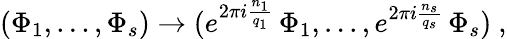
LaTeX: (\Phi_{1},...,\Phi_{s})\rightarrow(e^{2\pi i{\frac{n_{1}}{q_{1}}}}\, \Phi_{1},...,e^{2\pi i{\frac{n_{s}}{q_{s}}}}\, \Phi_{s})~,